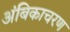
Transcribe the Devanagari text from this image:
अंबिकाचरण